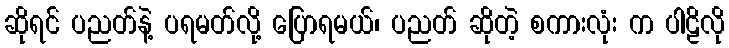
ဆိုရင် ပညတ်နဲ့ ပရမတ်လို့ ပြောရမယ်၊ ပညတ် ဆိုတဲ့ စကားလုံး က ပါဠိလို